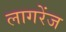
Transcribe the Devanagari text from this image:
लागरेंज